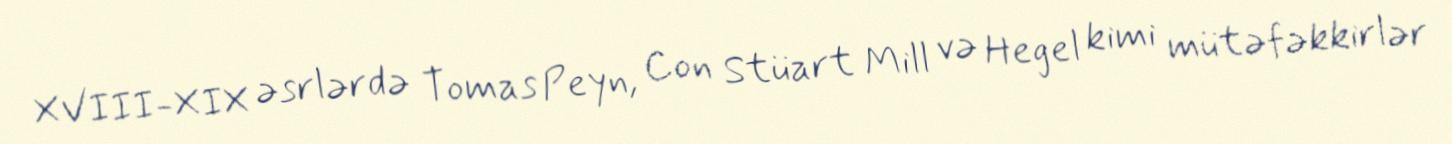
XVIII-XIX əsrlərdə Tomas Peyn, Con Stüart Mill və Hegel kimi mütəfəkkirlər